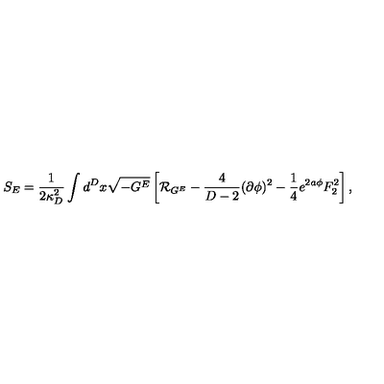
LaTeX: S _ { E } = { \frac { 1 } { 2 \kappa _ { D } ^ { 2 } } } \int d ^ { D } x \sqrt { - G ^ { E } } \left[ { \cal R } _ { G ^ { E } } - { \frac { 4 } { D - 2 } } ( \partial \phi ) ^ { 2 } - { \frac { 1 } { 4 } } e ^ { 2 a \phi } F _ { 2 } ^ { 2 } \right] ,